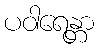
ပဝါရေန္တာ